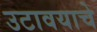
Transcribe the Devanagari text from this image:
उटावयाचे